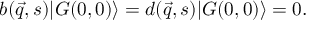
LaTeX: b ( \vec { q } , s ) | { \cal G } ( 0 , 0 ) \rangle = d ( \vec { q } , s ) | { \cal G } ( 0 , 0 ) \rangle = 0 .